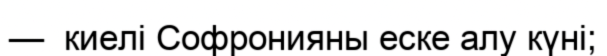
—  киелі Софронияны еске алу күні;